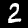
Label: 2